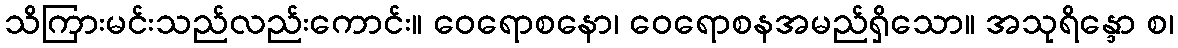
သိကြားမင်းသည်လည်းကောင်း။ ဝေရောစနော၊ ဝေရောစနအမည်ရှိသော။ အသုရိန္ဒော စ၊